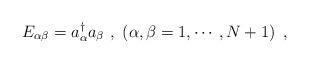
LaTeX: \begin{align*}E_{\alpha\beta}=a^\dagger_\alpha a_\beta\ ,\ \left(\alpha,\beta=1,\cdots,N+1\right)\ ,\end{align*}